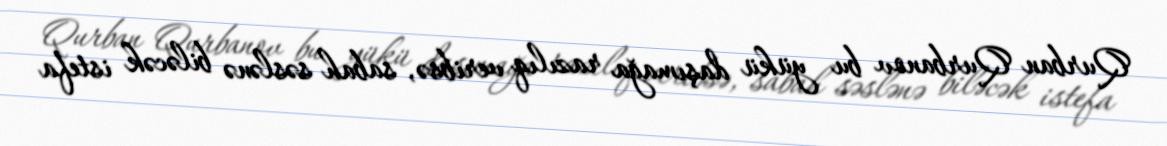
Qurban Qurbanov bu yükü daşımağa razılıq veribsə, sabah səslənə biləcək istefa